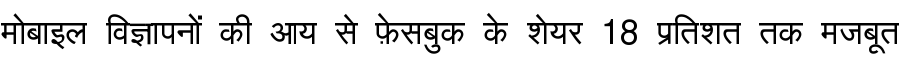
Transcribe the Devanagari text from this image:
मोबाइल विज्ञापनों की आय से फ़ेसबुक के शेयर 18 प्रतिशत तक मजबूत